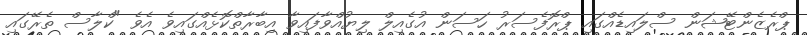
ޕްރެޒެންޓޭޝަން ސްލައިޑެއްގައި ޕްރޮފެސަރު ހަސަން އުގެއިލް ލިޔުއްވާފައިވާ އިބާރާތްކޮޅެއްގައިވެ އެވެ "ކްލާސް ތެރޭގައި